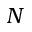
N